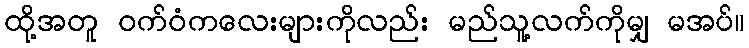
ထို့အတူ ဝက်ဝံကလေးများကိုလည်း မည်သူ့လက်ကိုမျှ မအပ်။